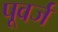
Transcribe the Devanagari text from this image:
पूवर्ज